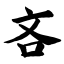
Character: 吝